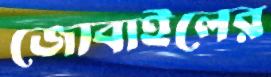
জোবাইলের